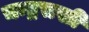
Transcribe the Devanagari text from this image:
चन्द्रसखी